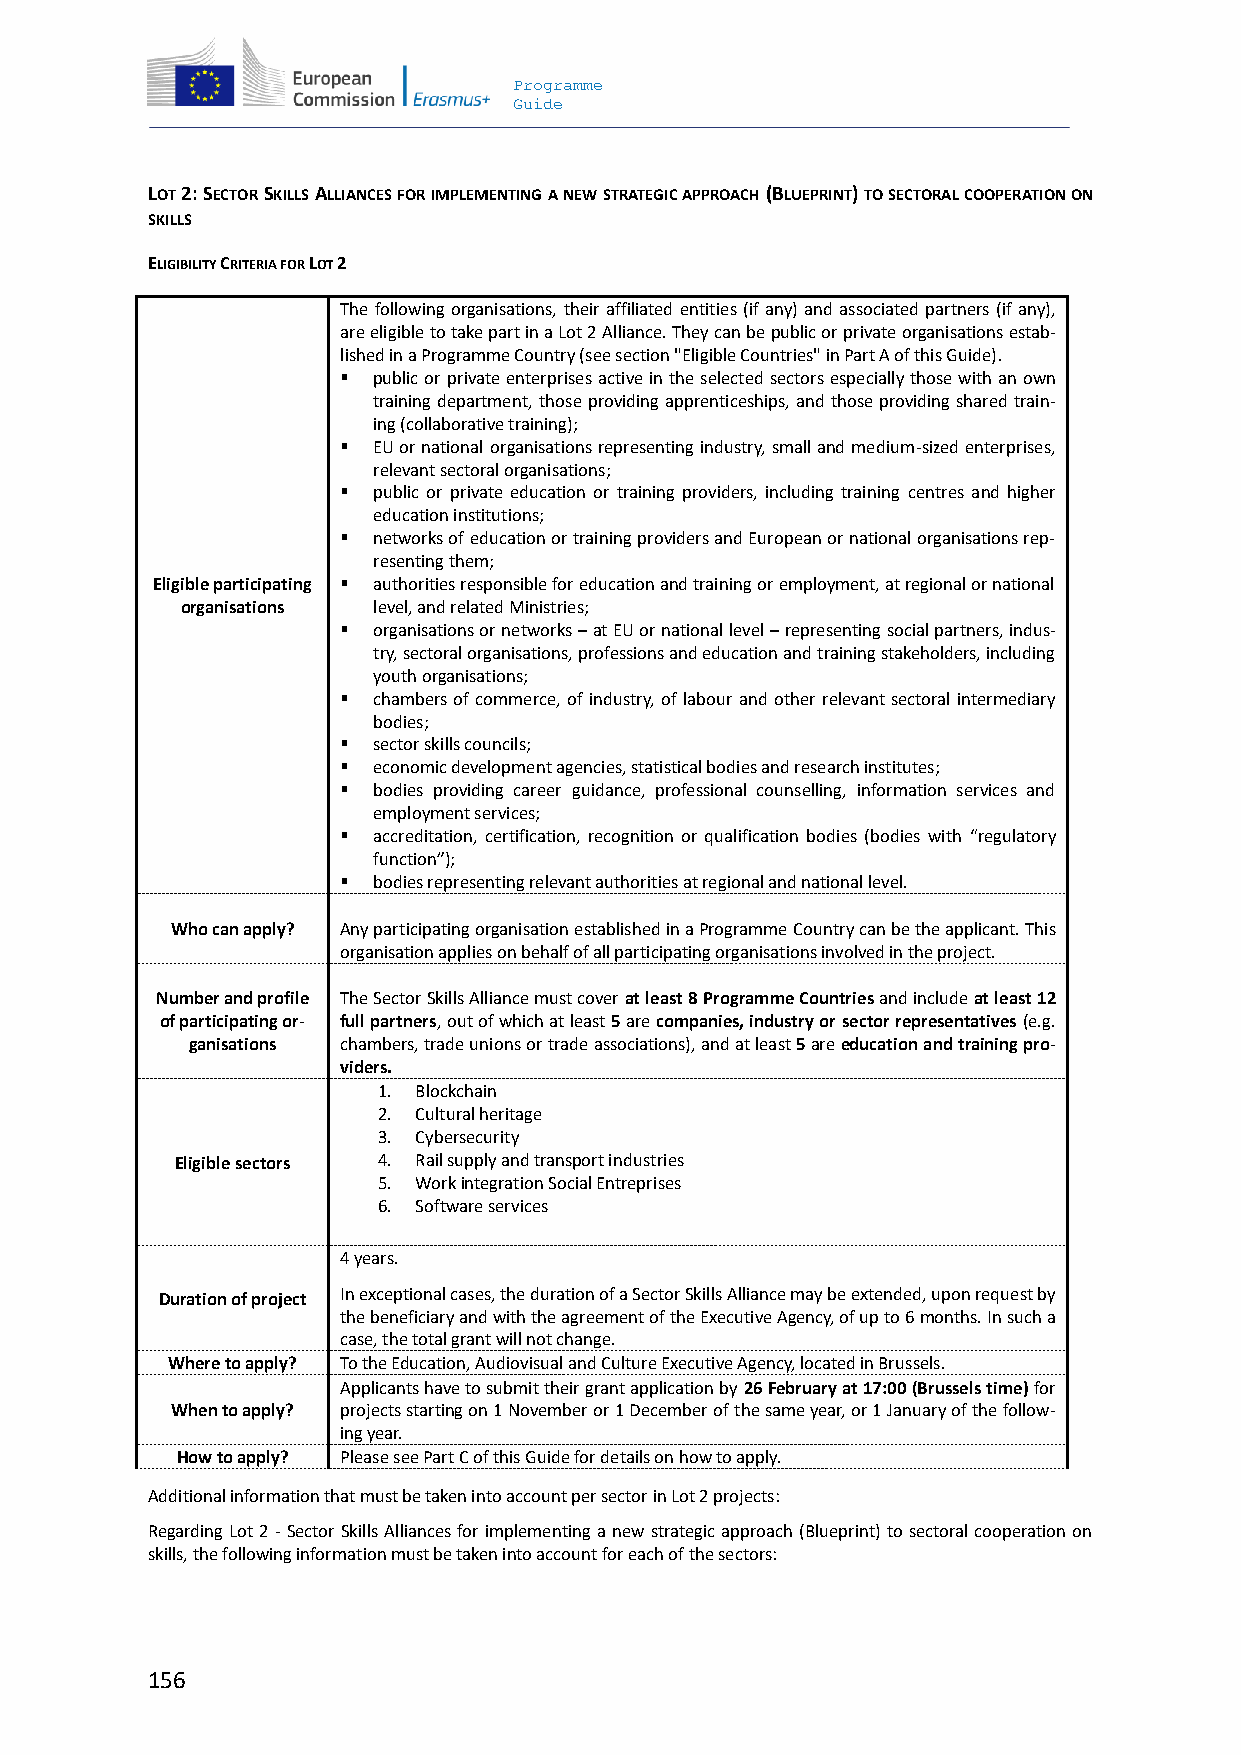
Programme
 Guide
 LOT 2: SECTOR SKILLS ALLIANCES FOR IMPLEMENTING A NEW STRATEGIC APPROACH (BLUEPRINT) TO SECTORAL COOPERATION ON
 SKILLS
 ELIGIBILITY CRITERIA FOR LOT 2
 The following organisations, their affiliated entities (if any) and associated partners (if any),
 are eligible to take part in a Lot 2 Alliance. They can be public or private organisations estab-
 lished in a Programme Country (see section "Eligible Countries" in Part A of this Guide).
  public or private enterprises active in the selected sectors especially those with an own
 training department, those providing apprenticeships, and those providing shared train-
 ing (collaborative training);
  EU or national organisations representing industry, small and medium-sized enterprises,
 relevant sectoral organisations;
  public or private education or training providers, including training centres and higher
 education institutions;
  networks of education or training providers and European or national organisations rep-
 resenting them;
 Eligible participating  authorities responsible for education and training or employment, at regional or national
 organisations level, and related Ministries;
  organisations or networks – at EU or national level – representing social partners, indus-
 try, sectoral organisations, professions and education and training stakeholders, including
 youth organisations;
  chambers of commerce, of industry, of labour and other relevant sectoral intermediary
 bodies;
  sector skills councils;
  economic development agencies, statistical bodies and research institutes;
  bodies providing career guidance, professional counselling, information services and
 employment services;
  accreditation, certification, recognition or qualification bodies (bodies with “regulatory
 function”);
  bodies representing relevant authorities at regional and national level.
 Who can apply? Any participating organisation established in a Programme Country can be the applicant. This
 organisation applies on behalf of all participating organisations involved in the project.
 Number and profile The Sector Skills Alliance must cover at least 8 Programme Countries and include at least 12
 of participating or- full partners, out of which at least 5 are companies, industry or sector representatives (e.g.
 ganisations chambers, trade unions or trade associations), and at least 5 are education and training pro-
 viders.
 1. Blockchain
 2. Cultural heritage
 3. Cybersecurity
 Eligible sectors 4. Rail supply and transport industries
 5. Work integration Social Entreprises
 6. Software services
 4 years.
 Duration of project In exceptional cases, the duration of a Sector Skills Alliance may be extended, upon request by
 the beneficiary and with the agreement of the Executive Agency, of up to 6 months. In such a
 case, the total grant will not change.
 Where to apply? To the Education, Audiovisual and Culture Executive Agency, located in Brussels.
 Applicants have to submit their grant application by 26 February at 17:00 (Brussels time) for
 When to apply? projects starting on 1 November or 1 December of the same year, or 1 January of the follow-
 ing year.
 How to apply? Please see Part C of this Guide for details on how to apply.
 Additional information that must be taken into account per sector in Lot 2 projects:
 Regarding Lot 2 - Sector Skills Alliances for implementing a new strategic approach (Blueprint) to sectoral cooperation on
 skills, the following information must be taken into account for each of the sectors:
 156